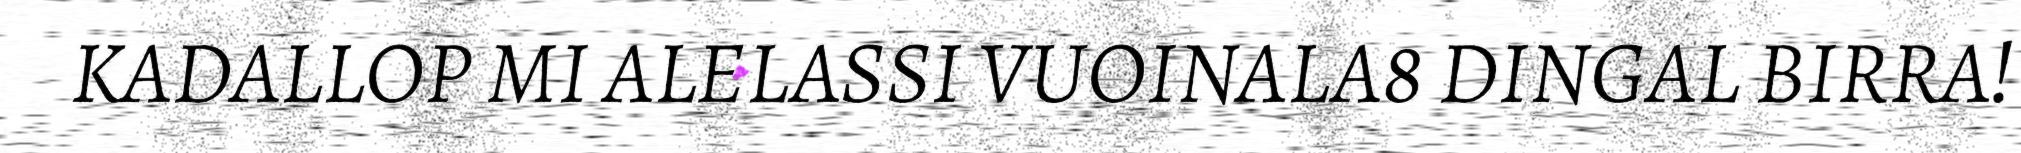
KADALLOP MI ALELASSI VUOINALA8 DINGAL BIRRA!